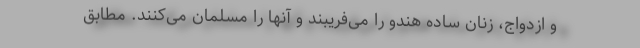
و ازدواج، زنان سادهٔ هندو را می‌فریبند و آنها را مسلمان می‌کنند. مطابق